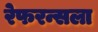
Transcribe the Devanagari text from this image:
रेफरन्सला